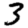
Digit: 3